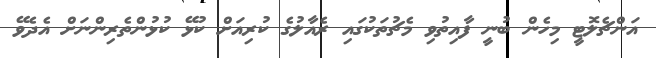
އަންޗެލޮޓީ މިހެން ބުނީ ފާއިތުވި މެޗުތަކުގައި ރެއާލުގެ ކުރިއަށް ކުޅޭ ކުޅުންތެރިންނަށް އެދެވޭ